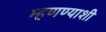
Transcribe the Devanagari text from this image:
म्हणण्याशी